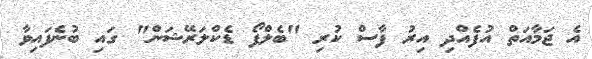
އެ ޖަމާއަތް އުފެއްދި އިރު ފާސް ކުރި "ބެލްފޯ ޑެކްލަރޭޝަން" ގައި ބުނެފައިވާ